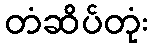
တံဆိပ်တုံး